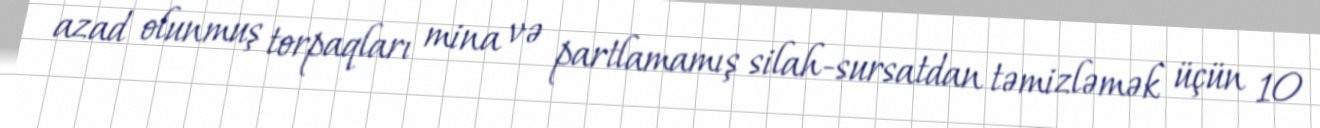
azad olunmuş torpaqları mina və partlamamış silah-sursatdan təmizləmək üçün 10